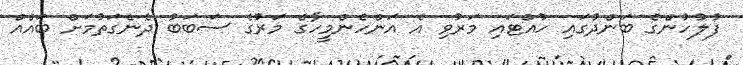
ފުލުހުންގެ ބަންދުގައި ހުއްޓައި މަރުވި އެ އަންހެންމީހާގެ މަރުގެ ސަބަބު ދެނެގަތުމަށް ބައެއް